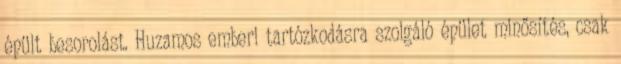
épült besorolást. Huzamos emberi tartózkodásra szolgáló épület minősítés, csak